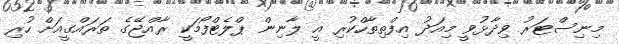
މިނިސްޓަރު ވިދާޅުވީ މިއަދު އިފްތިތާހްކުރި އީ ލާނިން ޕްލެޓްފޯމަކީ ރާއްޖޭގެ ތަރައްގީއަށް ހުރި